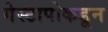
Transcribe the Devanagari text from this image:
गेस्टापोकडून